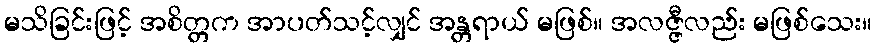
မသိခြင်းဖြင့် အစိတ္တက အာပတ်သင့်လျှင် အန္တရာယ် မဖြစ်။ အလဇ္ဇီလည်း မဖြစ်သေး။